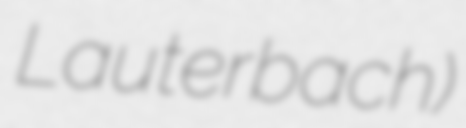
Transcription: Lauterbach)